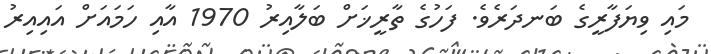
މައި ވިޔަފާރީގެ ބަނދަރެވެ. ފަހުގެ ތާރީޚަށް ބަލާއިރު 1970 އާއި ހަމައަށް އައިއިރު